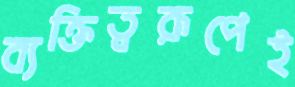
ব্যক্তিত্বরূপেই